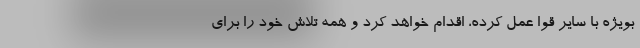
بویژه با سایر قوا عمل کرده، اقدام خواهد کرد و همه تلاش خود را برای